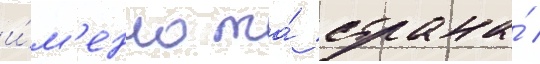
и́м'енно та́ страна́ /